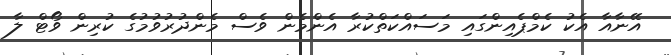
އޭނާއާ އެކު ކެމްޕެއިންގައި މަސައްކަތްކުރާ އެންމެން ވެސް މެންދުރުވުމުގެ ކުރިން ވޯޓް ލާ